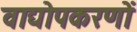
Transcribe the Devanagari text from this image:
वाद्योपकरणों